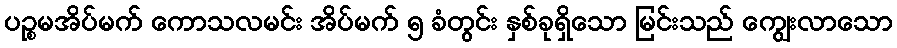
ပဉ္စမအိပ်မက် ကောသလမင်း အိပ်မက် ၅ ခံတွင်း နှစ်ခုရှိသော မြင်းသည် ကျွေးလာသော